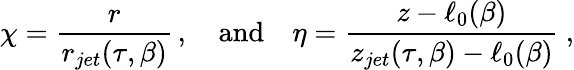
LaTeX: \chi=\frac{r}{r_{jet}(\tau,\beta)}\, ,\quad\mathrm{and}\quad\eta=\frac{z-\ell_{0}(\beta)}{z_{jet}(\tau,\beta)-\ell_{0}(\beta)}\ ,